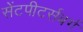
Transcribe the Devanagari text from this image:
सेंटपीटर्सबर्ग